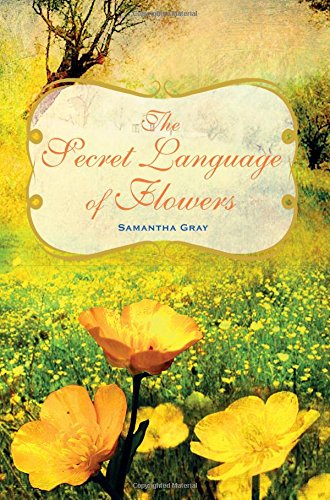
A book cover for The Secret Language of Flowers; Samantha Gray; Reference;